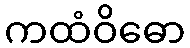
ကထံဝိဓော